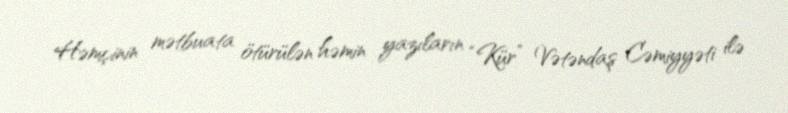
Həmçinin mətbuata ötürülən həmin yazıların “Kür” Vətəndaş Cəmiyyəti ilə